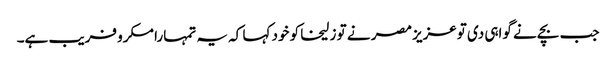
جب بچے نے گواہی دی توعزیز مصر نے تو زلیخا کو خود کہا کہ یہ تمہارا مکرو فریب ہے۔